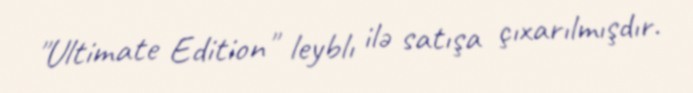
"Ultimate Edition" leyblı ilə satışa çıxarılmışdır.